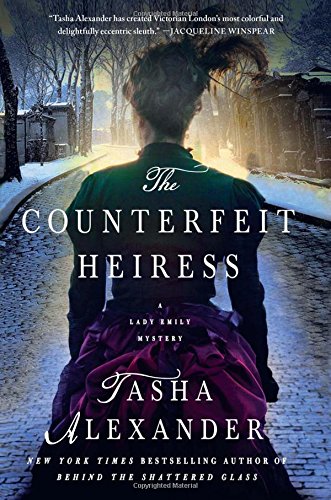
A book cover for The Counterfeit Heiress: A Lady Emily Mystery (Lady Emily Mysteries); Tasha Alexander; Mystery, Thriller & Suspense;